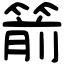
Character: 箭